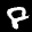
Label: 8